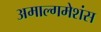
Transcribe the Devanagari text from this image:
अमाल्गमेशंस